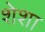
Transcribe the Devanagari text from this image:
शेशा